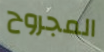
المجروح